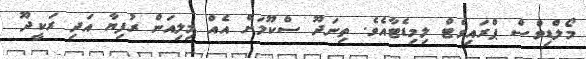
މޯލްޑިވްސް ޕްރައިވެޓް ލިމިޑެޓާއެވެ. ތިނަދޫ ސްކޫލަށް އެއް މިލިއަން ރުފިޔާ އަދި ރަކީދޫ